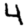
Digit: 4